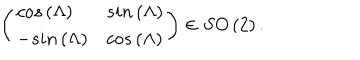
LaTeX: \left( \begin{array} { l l } { { c o s \left( \Lambda \right) } } & { { s i n \left( \Lambda \right) } } \\ { { - s i n \left( \Lambda \right) } } & { { c o s \left( \Lambda \right) } } \\ \end{array} \right) \in S O \left( 2 \right) .